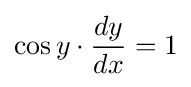
\cos y\cdot {dy \over dx}=1\,\!